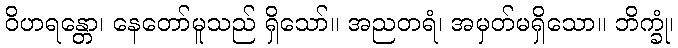
ဝိဟရန္တော၊ နေတော်မူသည် ရှိသော်။ အညတရံ၊ အမှတ်မရှိသော။ ဘိက္ခုံ၊